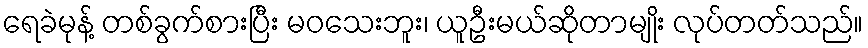
ရေခဲမုန့် တစ်ခွက်စားပြီး မဝသေးဘူး၊ ယူဦးမယ်ဆိုတာမျိုး လုပ်တတ်သည်။